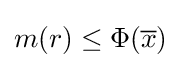
m(r)\leq \Phi ({\overline {x}})